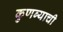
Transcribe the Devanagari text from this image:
कुणब्याची